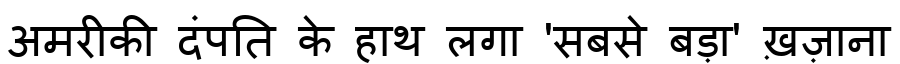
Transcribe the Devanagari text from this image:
अमरीकी दंपति के हाथ लगा 'सबसे बड़ा' ख़ज़ाना